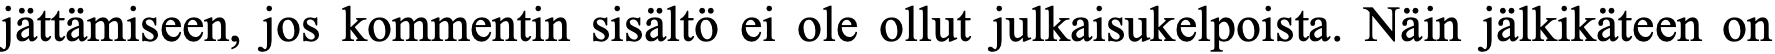
jättämiseen, jos kommentin sisältö ei ole ollut julkaisukelpoista. Näin jälkikäteen on